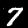
Digit: 7